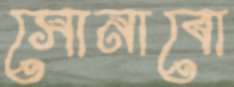
সোনাবো